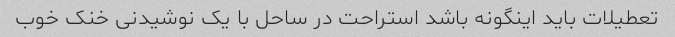
تعطیلات باید اینگونه باشد استراحت در ساحل با یک نوشیدنی خنک خوب